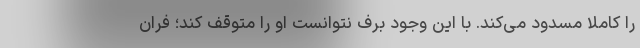
را کاملا مسدود می‌کند. با این وجود برف نتوانست او را متوقف کند؛ فران